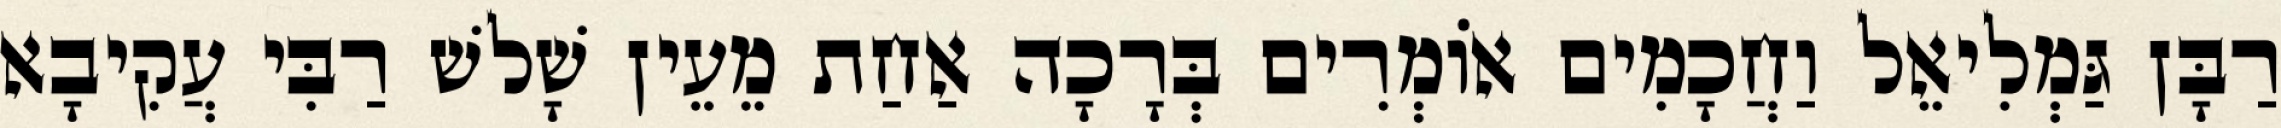
רַבָּן גַּמְלִיאֵל וַחֲכָמִים אוֹמְרִים בְּרָכָה אַחַת מֵעֵין שָׁלשׁ רַבִּי עֲקִיבָא